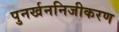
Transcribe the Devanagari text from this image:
पुनर्खननिजीकरण